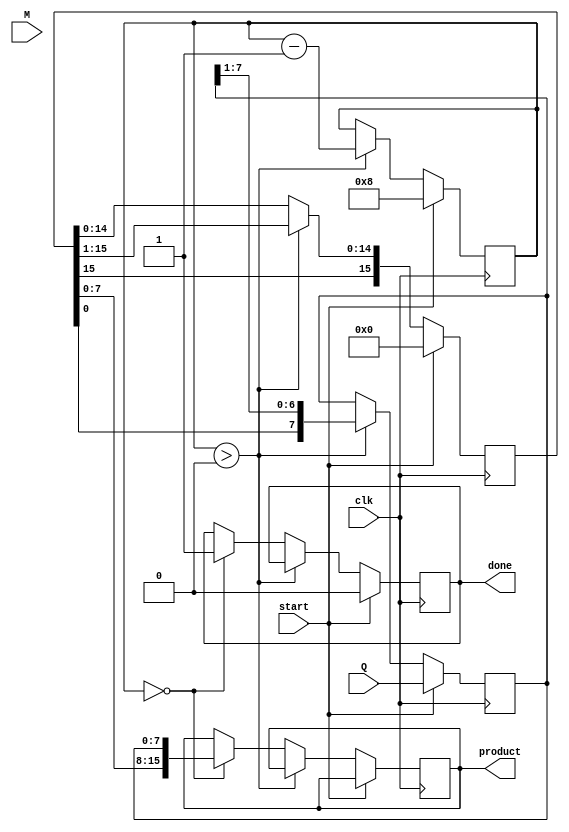
module booth_multiplier (
    input signed [7:0] M,     // Multiplicand
    input signed [7:0] Q,     // Multiplier
    input clk,                // Clock signal
    input start,              // Start signal
    output reg signed [15:0] product, // Final product
    output reg done           // Done signal
);
    reg signed [15:0] A;      // Accumulator
    reg Q_1;                  // Previous bit of multiplier
    reg [3:0] count;          // Counter for the number of iterations
    reg [7:0] Q_temp;         // Temporary copy of Q for shifting

    initial begin
        A = 0;
        product = 0;
        done = 0;
        count = 0;
        Q_1 = 0;
    end

    always @(posedge clk) begin
        if (start) begin
            // Initialize registers
            A <= 0;
            Q_temp <= Q;
            Q_1 <= 0;
            count <= 8; // Number of bits in Q
            done <= 0;
        end else if (count > 0) begin
            // Check the last bits of Q and Q_1
            case ({Q_temp[0], Q_1})
                2'b00: begin
                    // Do nothing, just shift
                    A <= A; // No addition or subtraction
                end
                2'b01: begin
                    // Add the multiplicand to the accumulator
                    A <= A + M;
                end
                2'b10: begin
                    // Subtract the multiplicand from the accumulator
                    A <= A - M;
                end
                2'b11: begin
                    // Do nothing, just shift
                    A <= A; // No addition or subtraction
                end
            endcase
            
            // Perform an arithmetic right shift
            {A, Q_temp} <= {A[15], A, Q_temp} >> 1;
            Q_1 <= Q_temp[0]; // Update Q_1 to the current LSB of Q_temp
            count <= count - 1; // Decrement the counter
        end else if (count == 0) begin
            // Multiplication completed, store the product
            product <= {A[7:0], Q_temp}; // Combine A and Q_temp for final product
            done <= 1; // Signal that multiplication is done
        end
    end
endmodule